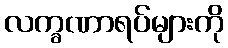
လက္ခဏာရပ်များကို